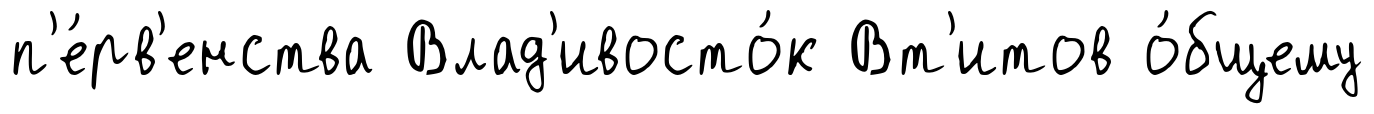
п'е́рв'енства Влад'ивосто́к Вт'итов о́бщему